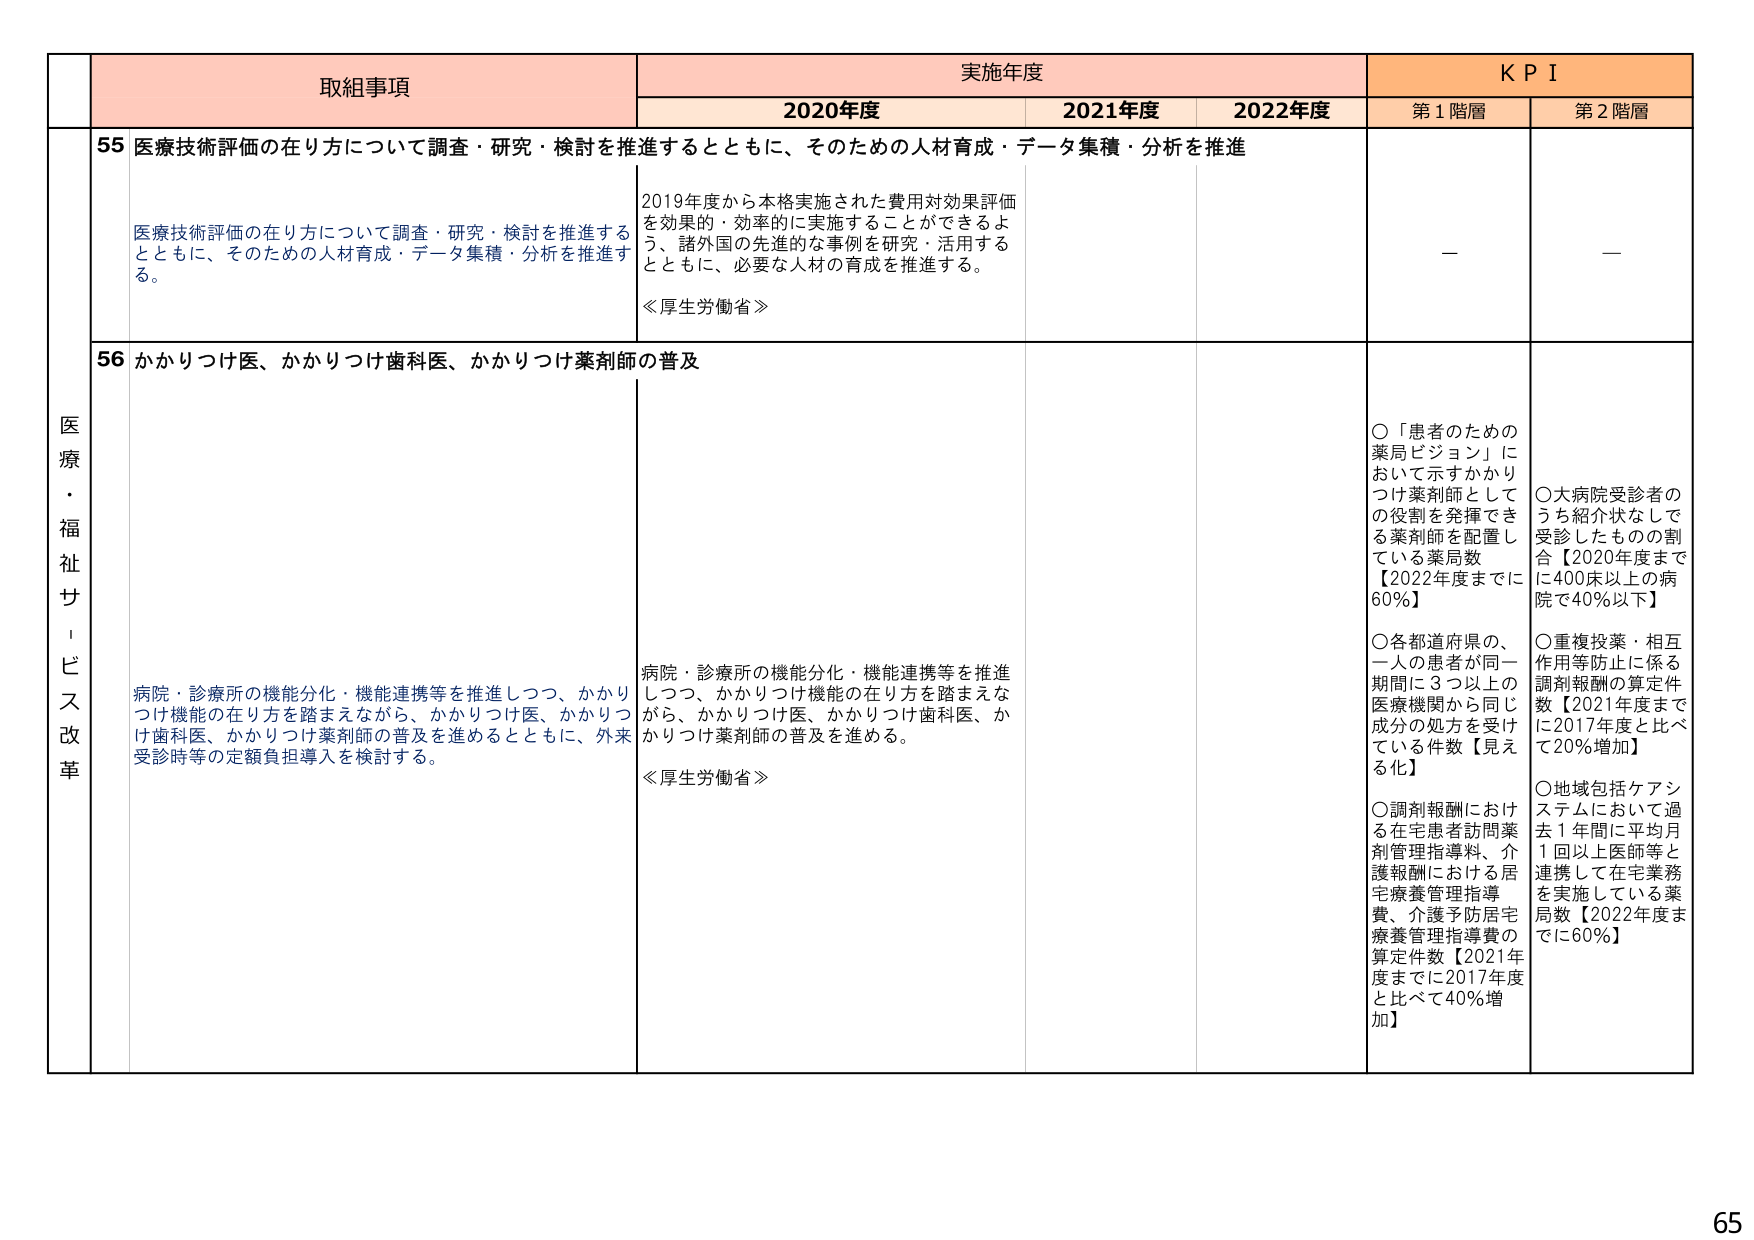
医療・福祉サービス改革

取組事項

実施年度

KPI

2020年度

2021年度

2022年度

第1階層

第2階層

55 医療技術評価の在り方について調査・研究・検討を推進するとともに、そのための人材育成・データ集積・分析を推進

医療技術評価の在り方について調査・研究・検討を推進するとともに、そのための人材育成・データ集積・分析を推進する。

2019年度から本格実施された費用対効果評価を効果的・効率的に実施することができるよう、諸外国の先進的な事例を研究・活用するとともに、必要な人材の育成を推進する。

≪厚生労働省≫

—

—

56 かかりつけ医、かかりつけ歯科医、かかりつけ薬剤師の普及

病院・診療所の機能分化・機能連携等を推進しつつ、かかりつけ機能の在り方を踏まえながら、かかりつけ医、かかりつけ歯科医、かかりつけ薬剤師の普及を進めるとともに、外来受診時等の定額負担導入を検討する。

病院・診療所の機能分化・機能連携等を推進しつつ、かかりつけ機能の在り方を踏まえながら、かかりつけ医、かかりつけ歯科医、かかりつけ薬剤師の普及を進める。

≪厚生労働省≫

○「患者のための薬局ビジョン」において示すかかりつけ薬剤師としての役割を発揮できる薬剤師を配置している薬局数【2022年度までに60％】

○各都道府県の、一人の患者が同一期間に3つ以上の医療機関から同じ成分の処方を受けている件数【見える化】

○調剤報酬における在宅患者訪問薬剤管理指導料、介護報酬における居宅療養管理指導費、介護予防居宅療養管理指導費の算定件数【2021年度までに2017年度と比べて40％増加】

○大病院受診者のうち紹介状なしで受診したものの割合【2020年度までに400床以上の病院で40％以下】

○重複投薬・相互作用等防止に係る調剤報酬の算定件数【2021年度までに2017年度と比べて20％増加】

○地域包括ケアシステムにおいて過去1年間に平均月1回以上医師等と連携して在宅業務を実施している薬局数【2022年度までに60％】

65